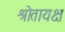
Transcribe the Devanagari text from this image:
श्रोतायक्ष